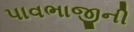
પાવભાજીની